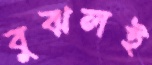
বুঝলই